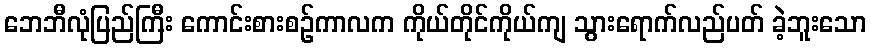
ဘေဘီလုံပြည်ကြီး ကောင်းစားစဉ်ကာလက ကိုယ်တိုင်ကိုယ်ကျ သွားရောက်လည်ပတ် ခဲ့ဘူးသော